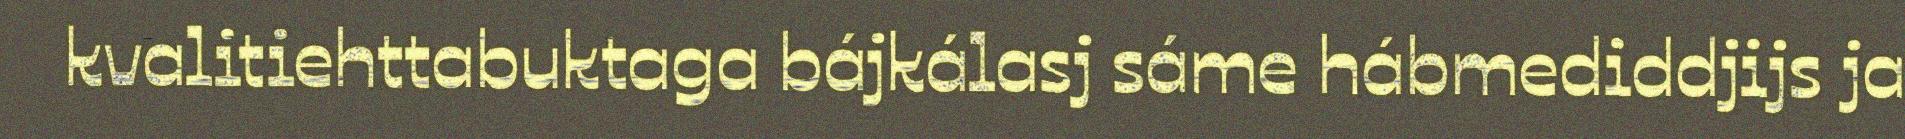
kvalitiehttabuktaga bájkálasj sáme hábmediddjijs ja